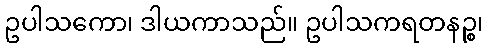
ဥပါသကော၊ ဒါယကာသည်။ ဥပါသကရတနဉ္စ၊